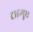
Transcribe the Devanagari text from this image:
टाइगुए